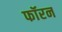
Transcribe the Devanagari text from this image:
फॉरन